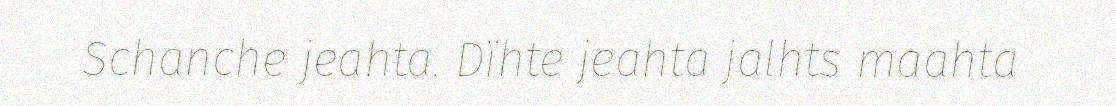
Schanche jeahta. Dïhte jeahta jalhts maahta